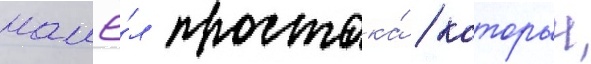
нашё́л простака́ / которыи